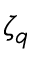
\zeta _ { q }